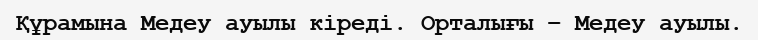
Құрамына Медеу ауылы кіреді. Орталығы – Медеу ауылы.